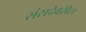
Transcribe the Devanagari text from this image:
संसदेवरील